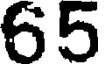
65